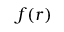
f ( r )